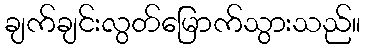
ချက်ချင်းလွတ်မြောက်သွားသည်။